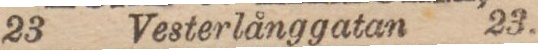
23 Vesterlånggatan 23.